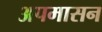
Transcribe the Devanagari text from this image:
अपमासन